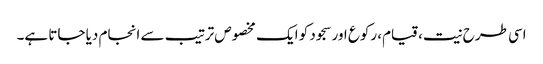
اسی طرح نیت، قیام، رکوع اور سجود کو ایک مخصوص ترتیب سے انجام دیا جاتا ہے۔